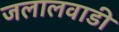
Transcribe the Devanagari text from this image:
जलालवाडी